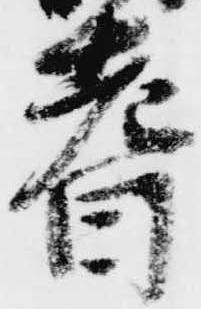
耆